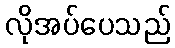
လိုအပ်ပေသည်